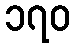
၁၇၀